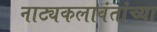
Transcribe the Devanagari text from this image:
नाट्यकलावंतांच्या